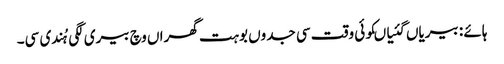
ہائے : بیریاں گئیاںکوئی وقت سی جدوں بوہت گھراں وچ بیری لگی ہُندی سی۔